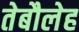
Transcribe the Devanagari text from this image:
तेबौलेह